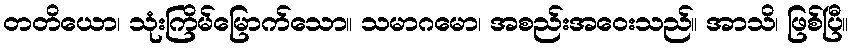
တတိယော၊ သုံးကြိမ်မြောက်သော။ သမာဂမော၊ အစည်းအဝေးသည်။ အာသိ၊ ဖြစ်ပြီ။